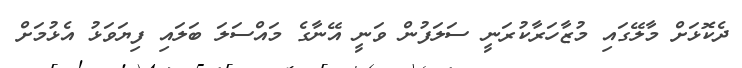
ދެކޮޅަށް މާލޭގައި މުޒާހަރާކުރަނީ ސަލަފުން ވަނީ އޭނާގެ މައްސަލަ ބަލައި ފިޔަވަޅު އެޅުމަށް